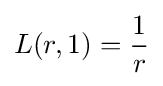
L(r,1)={\frac {1}{r}}